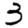
Digit: 3